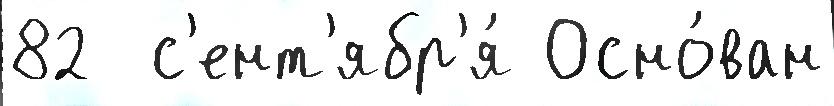
82  с'ент'ябр'я́ Осно́ван